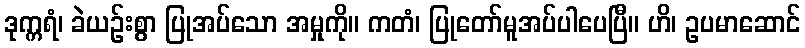
ဒုက္ကရံ၊ ခဲယဉ်းစွာ ပြုအပ်သော အမှုကို။ ကတံ၊ ပြုတော်မူအပ်ပါပေပြီ။ ဟိ၊ ဥပမာဆောင်